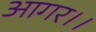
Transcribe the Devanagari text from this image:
आगर।।